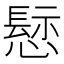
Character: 𢡪